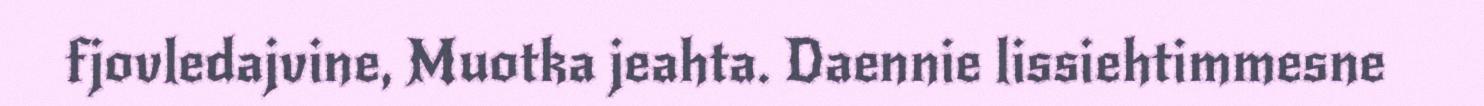
fjovledajvine, Muotka jeahta. Daennie lissiehtimmesne